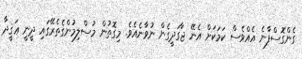
ގެންގޮސްފާނެ އެއްވެސް ކަމަކަށް އެނޭ ޖާގަދީގެން ނުވާނެއެވެ. މިގޮތުން މުސްލިމުންގެތެރޭގައި ދީނީ ޢަޤީދާ